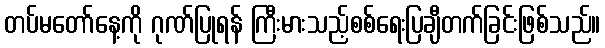
တပ်မတော်နေ့ကို ဂုဏ်ပြုရန် ကြီးမားသည့်စစ်ရေးပြချီတက်ခြင်းဖြစ်သည်။